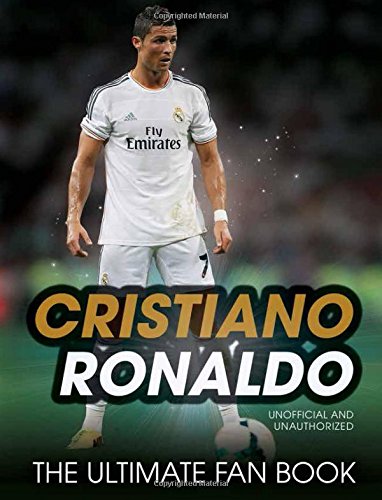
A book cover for Cristiano Ronaldo: The Ultimate Fan Book; Iain Spragg; Biographies & Memoirs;